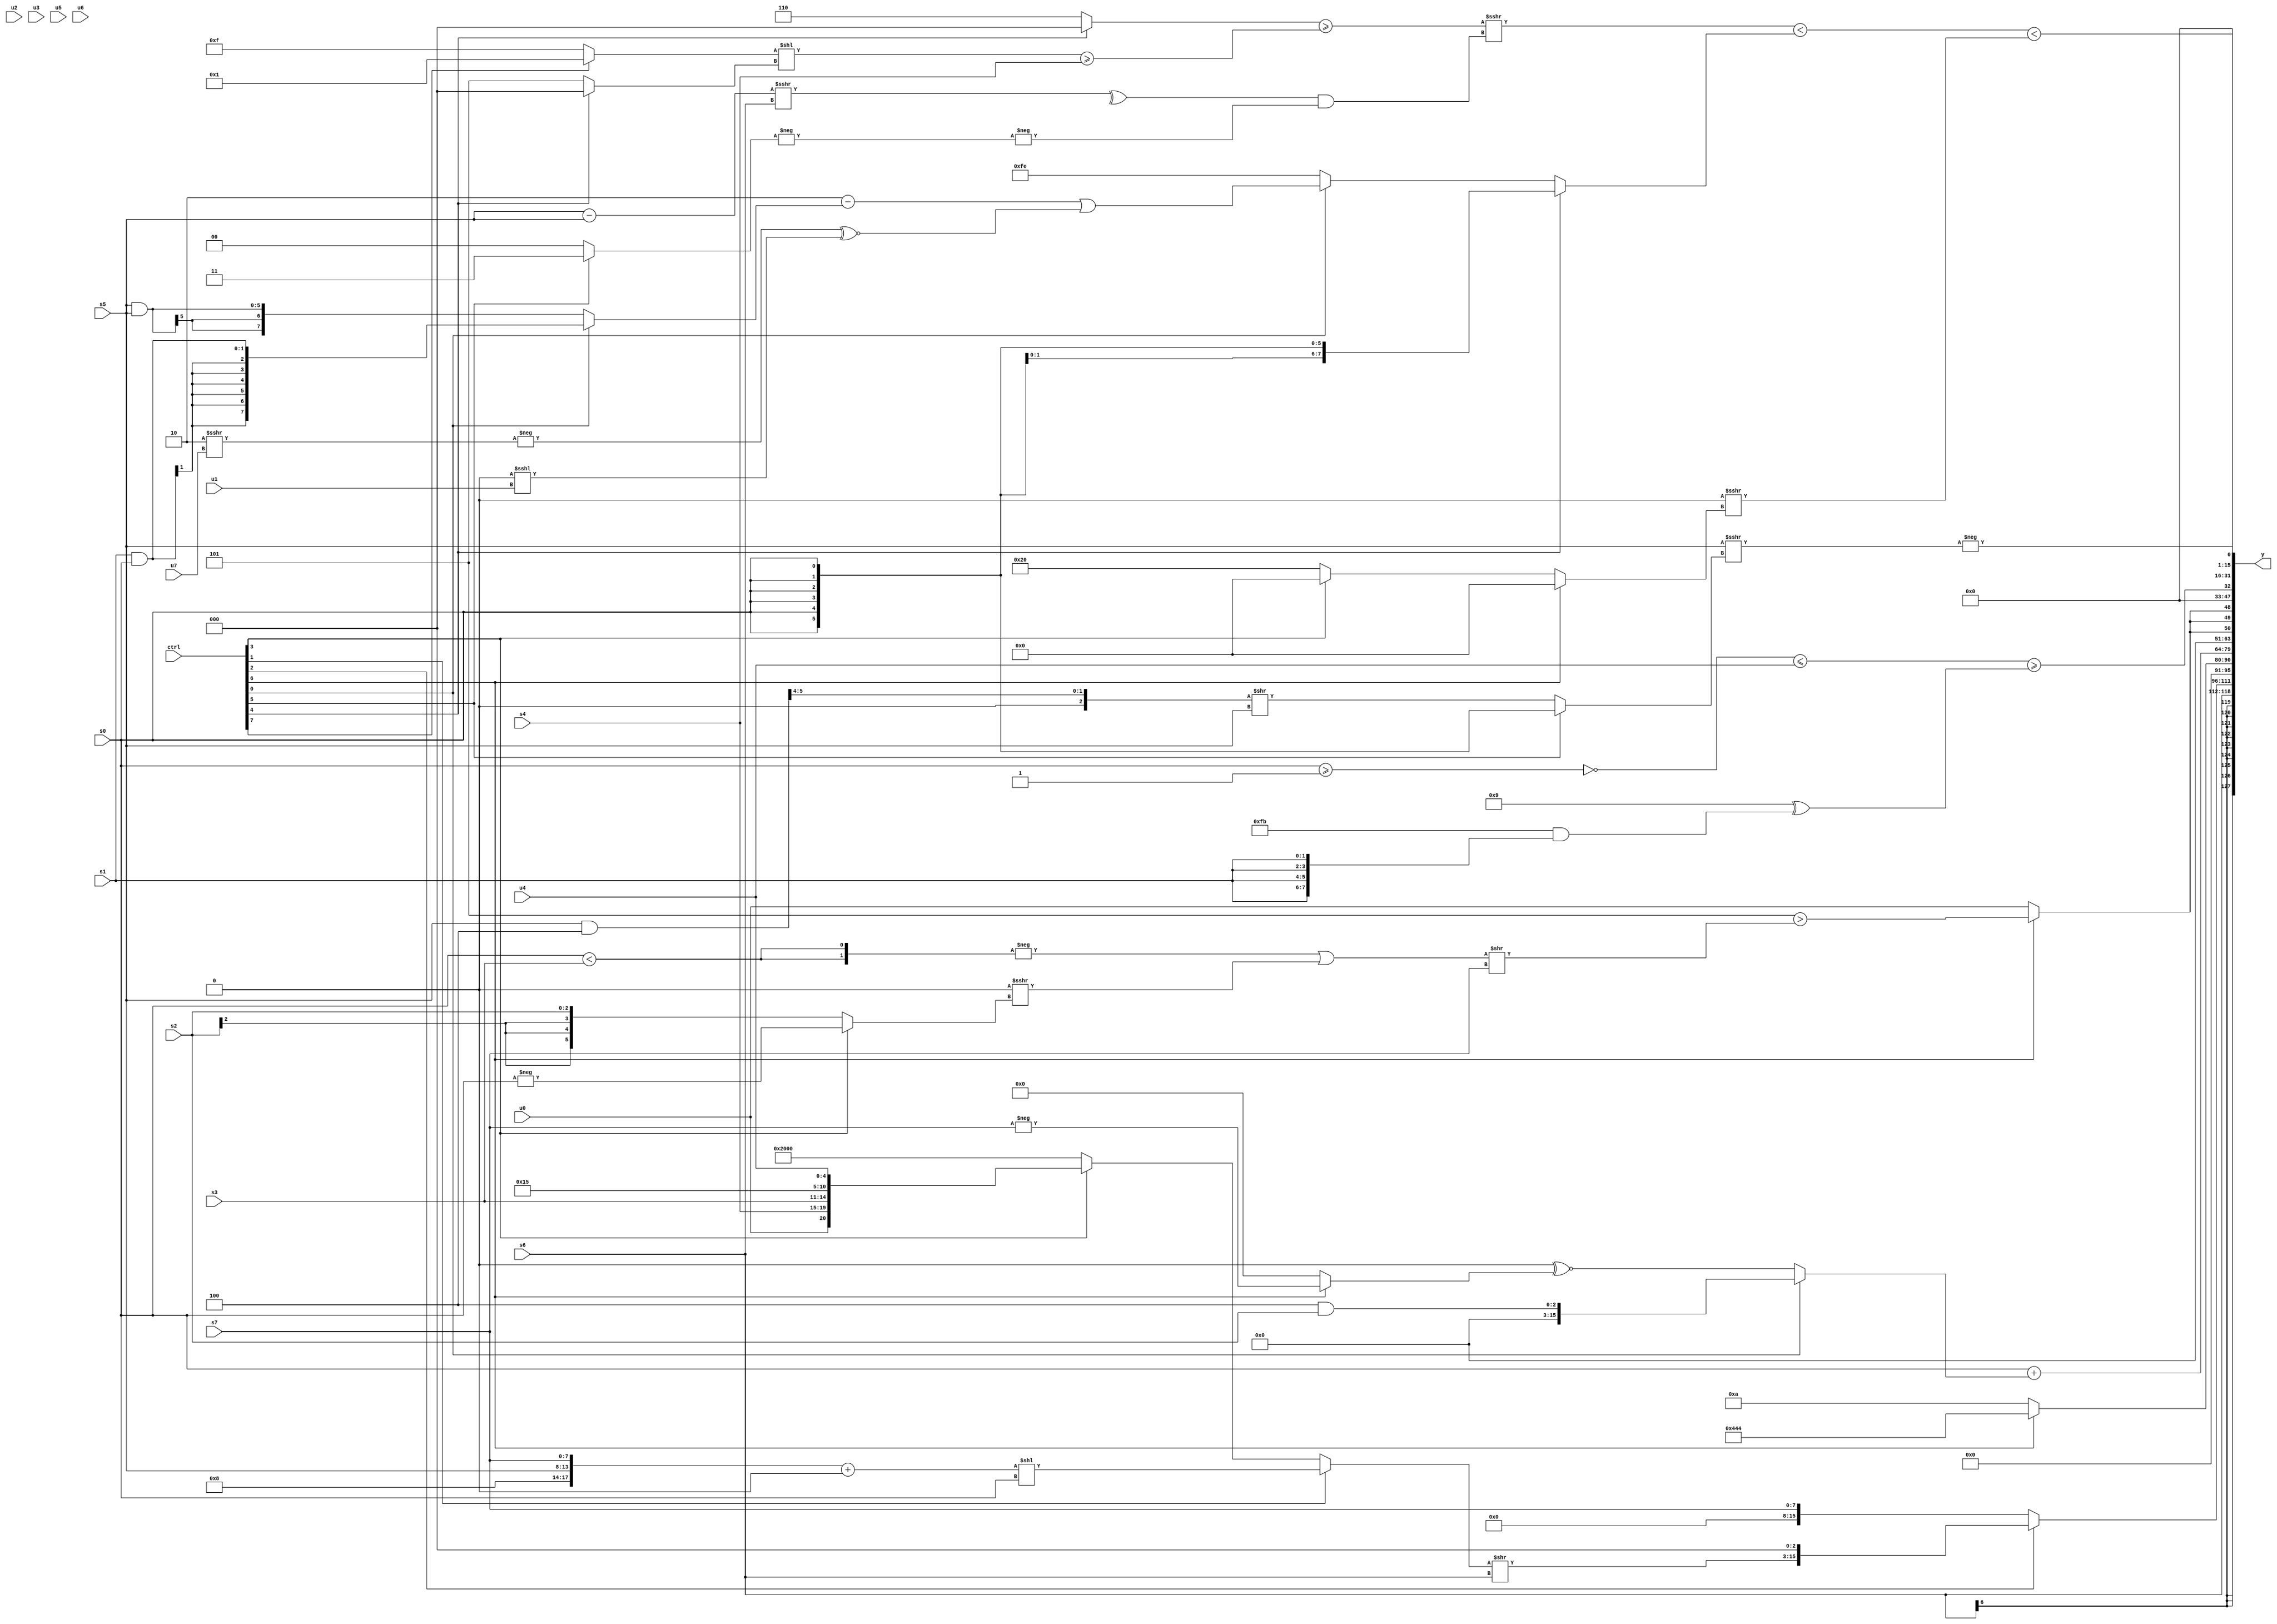
module wideexpr_00006(ctrl, u0, u1, u2, u3, u4, u5, u6, u7, s0, s1, s2, s3, s4, s5, s6, s7, y);
  input [7:0] ctrl;
  input [0:0] u0;
  input [1:0] u1;
  input [2:0] u2;
  input [3:0] u3;
  input [4:0] u4;
  input [5:0] u5;
  input [6:0] u6;
  input [7:0] u7;
  input signed [0:0] s0;
  input signed [1:0] s1;
  input signed [2:0] s2;
  input signed [3:0] s3;
  input signed [4:0] s4;
  input signed [5:0] s5;
  input signed [6:0] s6;
  input signed [7:0] s7;
  output [127:0] y;
  wire [15:0] y0;
  wire [15:0] y1;
  wire [15:0] y2;
  wire [15:0] y3;
  wire [15:0] y4;
  wire [15:0] y5;
  wire [15:0] y6;
  wire [15:0] y7;
  assign y = {y0,y1,y2,y3,y4,y5,y6,y7};
  assign y0 = s6;
  assign y1 = (ctrl[2]?((((ctrl[1]?(({6'b000100,1'sb0,s5,s7})+(&(2'b01)))<<({s0}):(ctrl[3]?{u0,{s4,s3},(6'sb010110)+(1'sb1),u4}:(2'sb01)<<(+(4'b1101)))))>>($unsigned(s6)))<<<(4'sb0011))>>>(1'b0):s7);
  assign y2 = $signed((ctrl[6]?{3{4'b0100}}:4'sb1010));
  assign y3 = (s0)+((ctrl[0]?$signed((3'sb100)&(s2)):(+(1'b0))^~(+(+(+((ctrl[6]?-(s7):(1'sb1)>>(6'sb001111))))))));
  assign y4 = {3{(ctrl[6]?(3'sb101)>(((-({2{(s0)<(s3)}}))|(((2'sb00)^(1'sb0))>>>((ctrl[3]?-(s0):(ctrl[3]?6'sb001001:s2)))))>>($signed($signed(s7)))):u0)}};
  assign y5 = ((~(($signed(s0))>=(6'sb111111)))<=(u4))>=(($unsigned(5'sb01001))^((~((5'sb10001)>>(2'sb10)))&({4{$signed(s1)}})));
  assign y6 = -((s5)>>>($signed((ctrl[5]?s0:(($signed((s5)&(6'sb111100)))>>(((ctrl[0]?1'sb0:1'sb0))-(5'sb11100)))>>(s5)))));
  assign y7 = {((($signed(($unsigned($signed((ctrl[4]?2'sb00:6'b000110))))>=((((ctrl[7]?1'b1:5'sb01111))<<((ctrl[4]?1'sb0:3'sb101)))>=({1{$signed(s4)}}))))>>>(($signed(^(((s5)-(s5))>>>(+(s6)))))&(-(-((ctrl[5]?2'b11:^(2'b00)))))))<((ctrl[4]?s0:(ctrl[0]?((2'sb10)-((ctrl[0]?(s1)&(s0):(s5)&(s5))))|((-((2'sb10)>>>(u7)))^~((1'sb0)<<<(u1))):(ctrl[4]?(ctrl[1]?$signed(s5):((s7)<<(u7))<<({s0,6'sb011111,u1})):+(((2'sb10)+(2'sb10))>>>((s0)==(s0))))))))<((|((1'sb0)>(6'sb001110)))>>>(+((ctrl[6]?(ctrl[6]?$unsigned(&({3'sb000,s4})):(~((s6)|(s7)))|(s1)):(ctrl[3]?(2'sb01)-(1'b1):($unsigned(5'sb10000))<<(2'sb01))))))};
endmodule